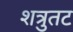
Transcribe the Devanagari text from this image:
शत्रुतट